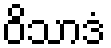
ဝိသာဒံ